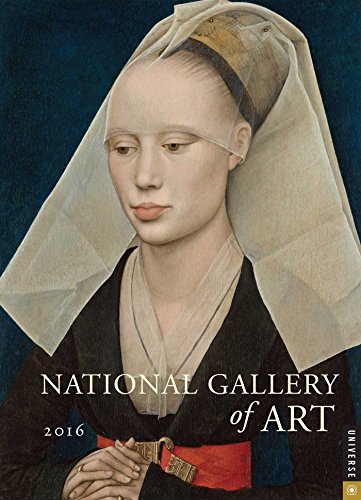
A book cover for National Gallery of Art 2016 Engagement Calendar; National Gallery Of Art; Calendars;